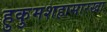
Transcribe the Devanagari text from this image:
हुकुमशहासारखा